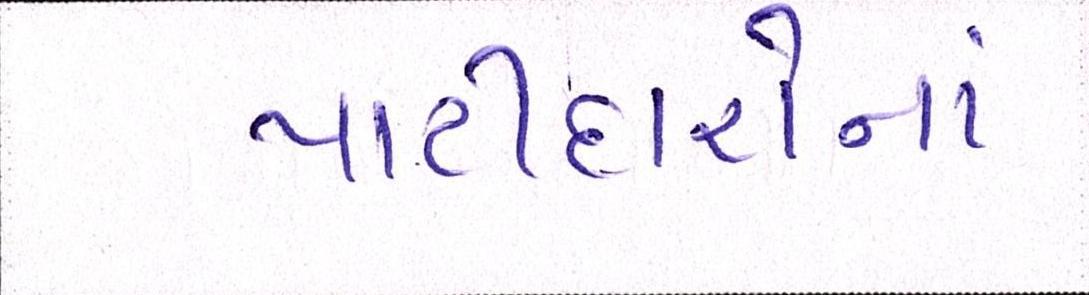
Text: પાટીદારોનાં